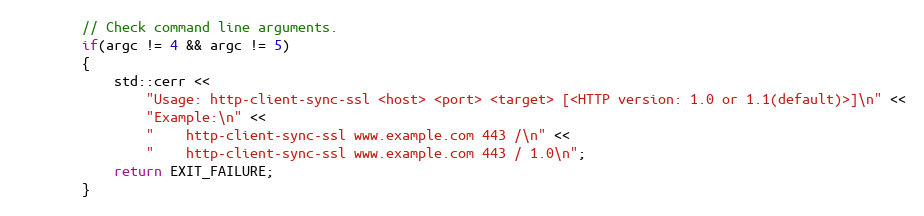
Language: C++
        // Check command line arguments.
        if(argc != 4 && argc != 5)
        {
            std::cerr <<
                "Usage: http-client-sync-ssl <host> <port> <target> [<HTTP version: 1.0 or 1.1(default)>]\n" <<
                "Example:\n" <<
                "    http-client-sync-ssl www.example.com 443 /\n" <<
                "    http-client-sync-ssl www.example.com 443 / 1.0\n";
            return EXIT_FAILURE;
        }